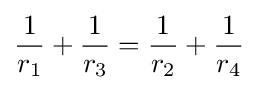
{\frac {1}{r_{1}}}+{\frac {1}{r_{3}}}={\frac {1}{r_{2}}}+{\frac {1}{r_{4}}}